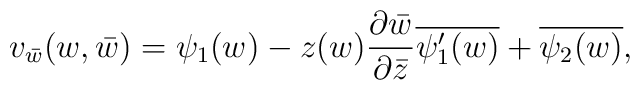
v_{\bar{w}}(w, \bar{w}) = \psi_1 (w) - z(w)\frac{\partial \bar{w}}{\partial \bar{z}} \overline{\psi'_1 (w)} + \overline{\psi_2 (w)},